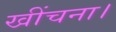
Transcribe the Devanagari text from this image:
खींचना।